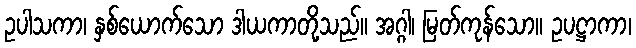
ဥပါသကာ၊ နှစ်ယောက်သော ဒါယကာတို့သည်။ အဂ္ဂါ၊ မြတ်ကုန်သော။ ဥပဋ္ဌာကာ၊